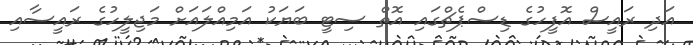
އަދި ރައީސް އޮފީހުގެ ޑިސްޕެޗްގައި އޮތް ސިޓީ ބަޔަކު އަމިއްލައަށް މަޖިލީހުގެ ރައީސާއި